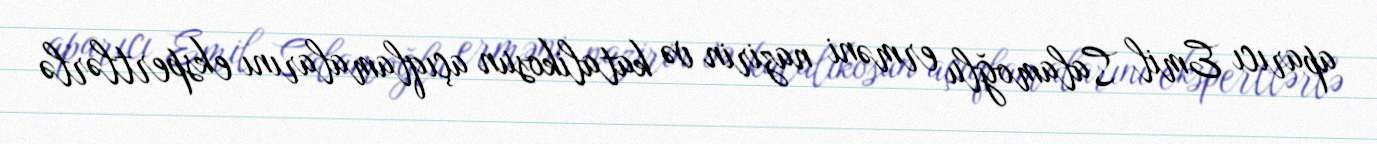
aparıcı Emil Salamoğlu erməni nazirin və katalikosun açıqlamalarını ekspertlərlə